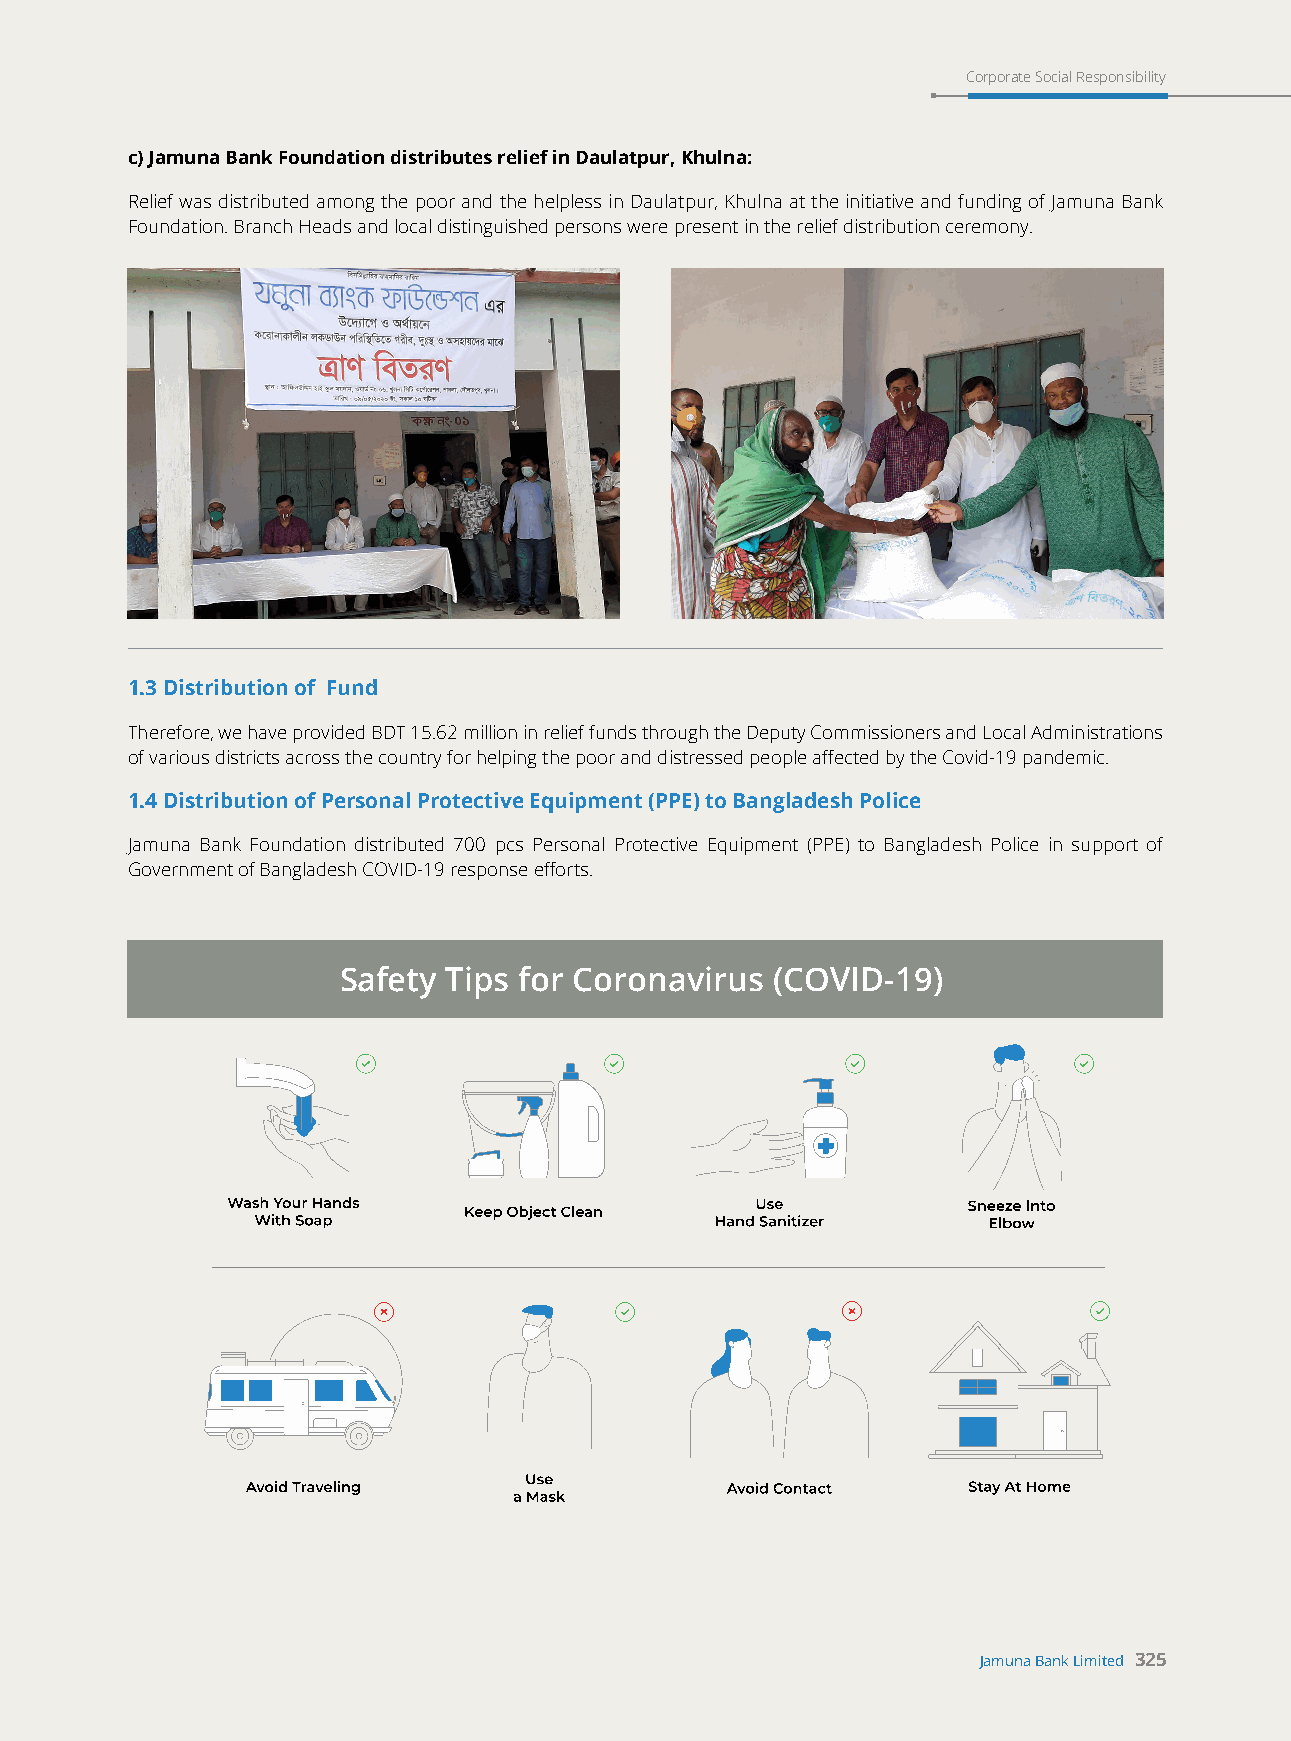
Corporate Social Responsibility
 c) Jamuna Bank Foundation distributes relief in Daulatpur, Khulna:
 Relief was distributed among the poor and the helpless in Daulatpur, Khulna at the initiative and funding of Jamuna Bank
 Foundation. Branch Heads and local distinguished persons were present in the relief distribution ceremony.
 1.3 Distribution of Fund
 Therefore, we have provided BDT 15.62 million in relief funds through the Deputy Commissioners and Local Administrations
 of various districts across the country for helping the poor and distressed people affected by the Covid-19 pandemic.
 1.4 Distribution of Personal Protective Equipment (PPE) to Bangladesh Police
 Jamuna Bank Foundation distributed 700 pcs Personal Protective Equipment (PPE) to Bangladesh Police in support of
 Government of Bangladesh COVID-19 response efforts.
 Safety  Tips for Coronavirus (COVID-19)
 Jamuna Bank Limited 325